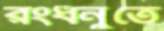
রংধনুতে